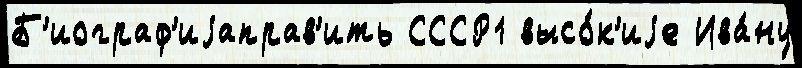
Б'иограф'иjаправ'ить СССР1 высо́к'иjе Ива́ну